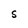
Character: S